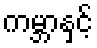
ကမ္ဘာနှင့်